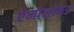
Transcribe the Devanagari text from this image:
ऐमोनॉयड